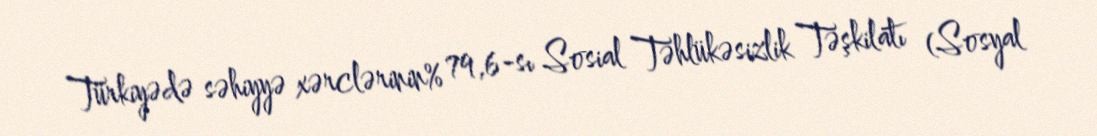
Türkiyədə səhiyyə xərclərinin% 79,6-sı Sosial Təhlükəsizlik Təşkilatı (Sosyal